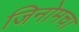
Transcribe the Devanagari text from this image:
जिनोमचा